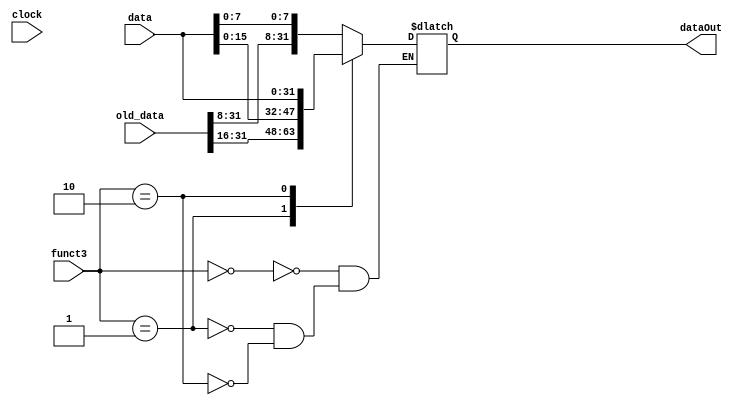
//immediates
`define BYTE_SIGNED	{old_data[31:8], data[7:0]}
`define HALF_SIGNED	{old_data[31:16], data[15:0]}
`define WORD			data[31:0]


module store_data_size(
	input wire [31:0]data,
	input wire [2:0]funct3,
	input wire [31:0] old_data,
	input wire clock,
	output reg [31:0]dataOut
);

always @(clock) begin
	
	case(funct3)
	
		3'b000 : dataOut = `BYTE_SIGNED;
		
		3'b001 : dataOut = `HALF_SIGNED;
		
		3'b010 : dataOut = `WORD;
		
	endcase
	
end



endmodule